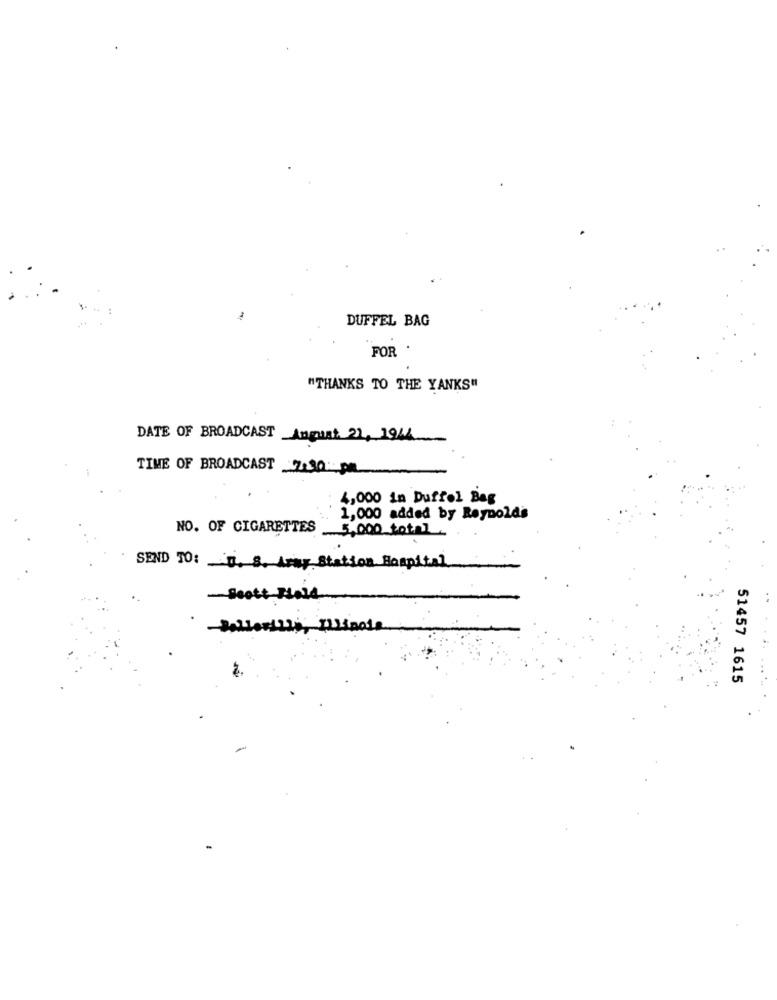
DUFFEL BAG
FOR
"THANKS TO THE YANKS"
DATE OF BROADCAST _Anguat. 21, 1944
TIME OF BROADCAST 2000 pa
4,000 in Duffel Bag
1,000 added by Reynolds
NO. OF CIGARETTES
5,000 total
SEND TO: _ u. S. Aray Station Hospital
-Scott Hold
..
Balleville, Illinois
51457 1615